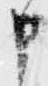
申